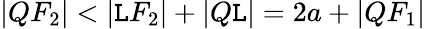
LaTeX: |QF_{2}|<|\mathtt{L}F_{2}|+|Q\mathtt{L}|=2a+|QF_{1}|